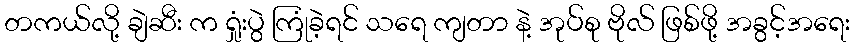
တကယ်လို့ ချဲဆီး က ရှုံးပွဲ ကြုံခဲ့ရင် သရေ ကျတာ နဲ့ အုပ်စု ဗိုလ် ဖြစ်ဖို့ အခွင့်အရေး